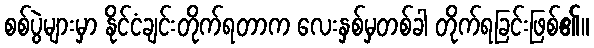
စစ်ပွဲများမှာ နိုင်ငံချင်းတိုက်ရတာက လေးနှစ်မှတစ်ခါ တိုက်ရခြင်းဖြစ်၏။